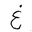
Letter: _gayn